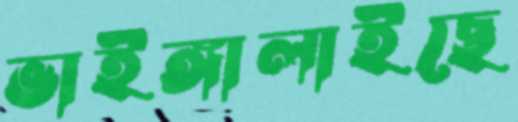
ভাইঙ্গালাইছে